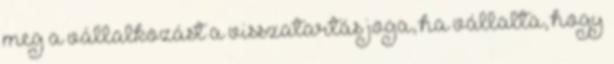
meg a vállalkozást a visszatartás joga, ha vállalta, hogy